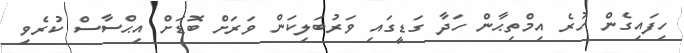
ހިފައިގެން ހުރެ އިމްތިޙާން ހަދާ ގަޑީގައި ވަރުބަލިކަން ވަރަށް ބޮޑަށް އިޙްސާސް ކުރެވި